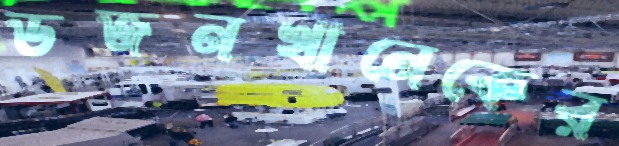
ডজনখানেকের